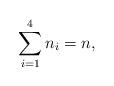
LaTeX: \begin{align*}\sum_{i = 1}^4 n_i=n,\end{align*}